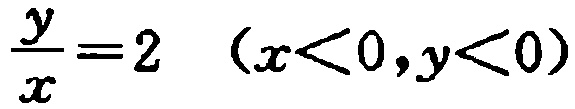
$\frac{y}{x}=2 \quad (x<0,y<0)$